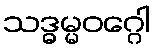
သဒ္ဓမ္မဝဂ္ဂေါ